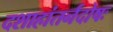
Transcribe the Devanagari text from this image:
दशाहांतर्नदोषः